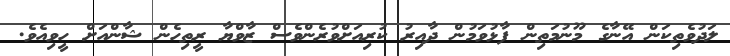
ލަދުވެތިކަން އޭނާގެ މޫނުމަތިން ފާޅުވަމުން ދާއިރު ކުރިއަށްވުރެންވެސް ޒާވްޔާ ރީތިހެން ޝާންއަށް ހީވިއެވެ.